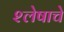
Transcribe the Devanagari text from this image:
श्लेषाचे